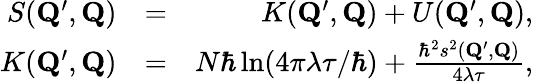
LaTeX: \begin{array}{rlr}{S(\mathbf{Q}^{\prime},\mathbf{Q})}&{=}&{K(\mathbf{Q}^{\prime},\mathbf{Q})+U(\mathbf{Q}^{\prime},\mathbf{Q}),}\\ {K(\mathbf{Q}^{\prime},\mathbf{Q})}&{=}&{N\hbar\ln(4\pi\lambda\tau/\hbar)+\frac{\hbar^{2}s^{2}(\mathbf{Q}^{\prime},\mathbf{Q})}{4\lambda\tau},}\end{array}